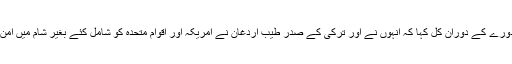
روس کے صدر بلادمر پوتن نے جاپان کے دورے کے دوران کل کہا کہ انہوں نے اور ترکی کے صدر طیب اردغان نے امریکہ اور اقوام متحدہ کو شامل کئے بغیر شام میں امن کی بحالی کے لئے منصوبہ بندی بنائی ہے ۔